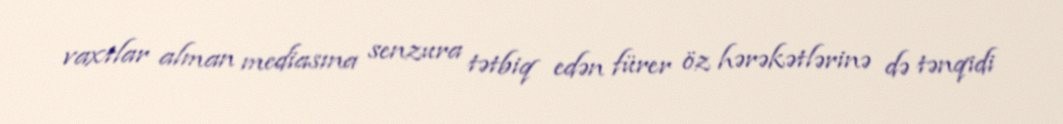
vaxtlar alman mediasına senzura tətbiq edən fürer öz hərəkətlərinə də tənqidi